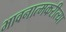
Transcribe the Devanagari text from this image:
भावनात्मकरीत्या